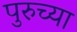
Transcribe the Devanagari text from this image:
पुरुच्या